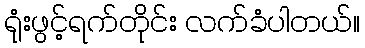
ရုံးဖွင့်ရက်တိုင်း လက်ခံပါတယ်။